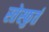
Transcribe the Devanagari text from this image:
स्तेस्फुर्त